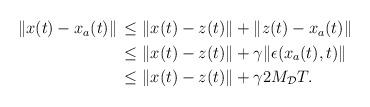
LaTeX: \begin{align*}\begin{aligned}\|x(t)-x_a(t)\| &\,\le \|x(t)-z(t)\| + \|z(t)-x_a(t)\| \\&\, \le \|x(t)-z(t)\|+\gamma \|\epsilon(x_a(t),t)\| \\&\, \le \|x(t)-z(t)\|+\gamma 2M_\mathcal{D} T.\end{aligned}\end{align*}